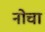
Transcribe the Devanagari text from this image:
नोचा